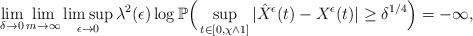
LaTeX: \begin{align*}\lim_{\delta\to0}\lim_{m\to\infty}\limsup_{\epsilon\to0}\lambda^2(\epsilon)\log\mathbb P\Big(\sup_{t\in[0,\chi\wedge1]}|\hat{X}^{\epsilon}(t)-X^{\epsilon}(t)|\geq\delta^{1/4}\Big)=-\infty,\end{align*}